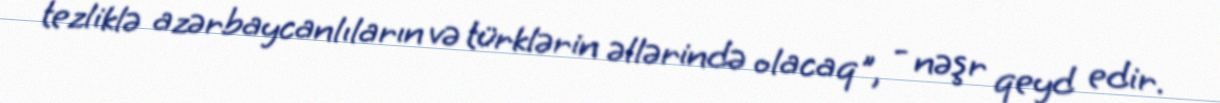
tezliklə azərbaycanlıların və türklərin əllərində olacaq", - nəşr qeyd edir.